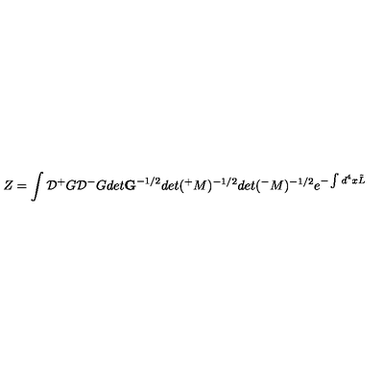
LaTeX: Z = \int { \cal D } { ^ + } G { \cal D } { ^ - } G d e t { \bf G } ^ { - 1 / 2 } d e t ( { ^ + } M ) ^ { - 1 / 2 } d e t ( { ^ - } M ) ^ { - 1 / 2 } e ^ { - \int d ^ { 4 } x \tilde { L } }